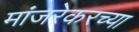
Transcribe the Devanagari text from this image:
मांजरेकरच्या